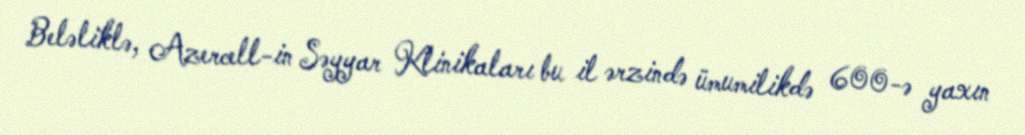
Beləliklə, Azercell-in Səyyar Klinikaları bu il ərzində ümumilikdə 600-ə yaxın